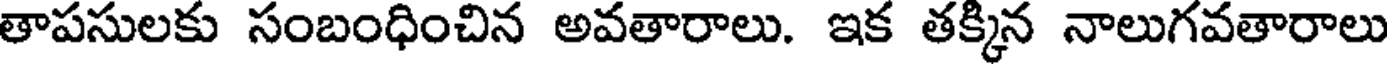
తాపసులకు సంబంధించిన అవతారాలు. ఇక తక్కిన నాలుగవతారాలు